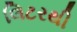
લિટરથી